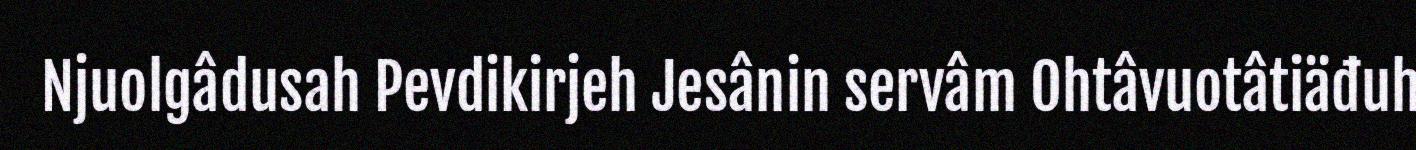
Njuolgâdusah Pevdikirjeh Jesânin servâm Ohtâvuotâtiäđuh